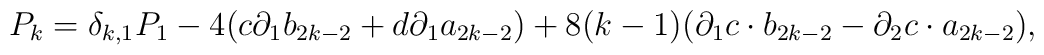
P_{k}=\delta_{k,1}P_1-4(c{\partial}_{1}b_{2k-2}+d{\partial}_{1}a_{2k-2})+8(k-1)({\partial}_{1} c \cdot b_{2k-2}-{\partial}_{2} c \cdot a_{2k-2}),